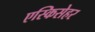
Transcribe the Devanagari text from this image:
एस्किसेहर